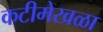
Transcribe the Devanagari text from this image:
कटीमेखळा